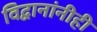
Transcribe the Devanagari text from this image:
विद्वानांनीही